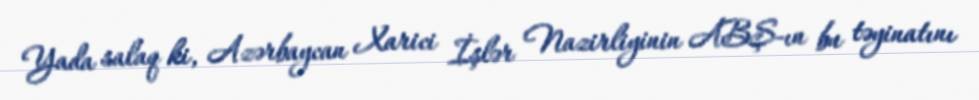
Yada salaq ki, Azərbaycan Xarici İşlər Nazirliyinin ABŞ-ın bu təyinatını